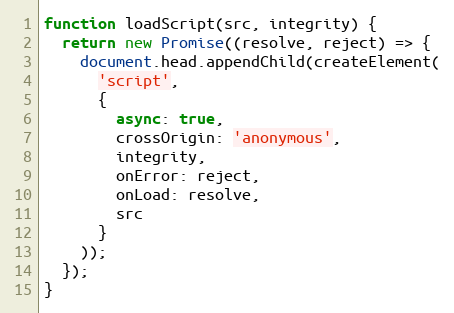
Language: JavaScript
function loadScript(src, integrity) {
  return new Promise((resolve, reject) => {
    document.head.appendChild(createElement(
      'script',
      {
        async: true,
        crossOrigin: 'anonymous',
        integrity,
        onError: reject,
        onLoad: resolve,
        src
      }
    ));
  });
}